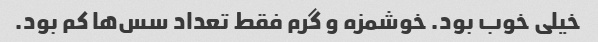
خیلی خوب بود. خوشمزه و گرم فقط تعداد سس‌ها کم بود.